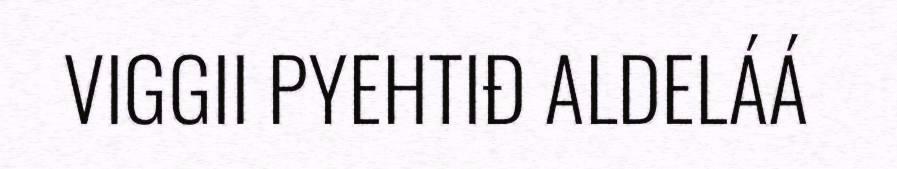
VIGGII PYEHTIĐ ALDELÁÁ